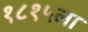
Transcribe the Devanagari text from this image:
१८१५ला